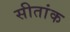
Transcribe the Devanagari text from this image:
सीतांक